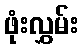
ဖုံးလွှမ်း